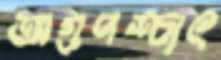
অগ্রপশ্চাৎ